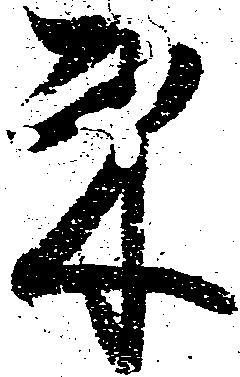
束